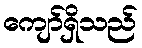
ကျော်ရှိသည်